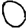
Digit: 0